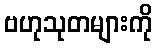
ဗဟုသုတများကို